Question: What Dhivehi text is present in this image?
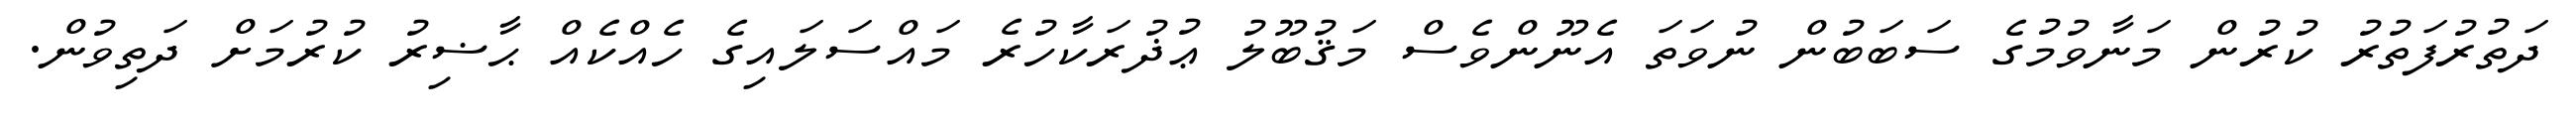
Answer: ދަތުރުފަތުރު ކުރުން މަނާވުމުގެ ސަބަބުން ނުވަތަ އެނޫންވެސް މަޤުބޫލު ޢުޛުރަކާހުރެ މައްސަލައިގެ ހެއްކެއް ޙާޟިރު ކުރުމަށް ދަތިވުން.